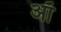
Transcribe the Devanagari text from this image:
ऑं